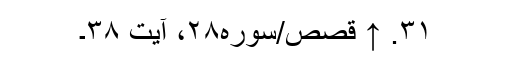
۳۱. ↑ قصص/سوره۲۸، آیت ۳۸۔